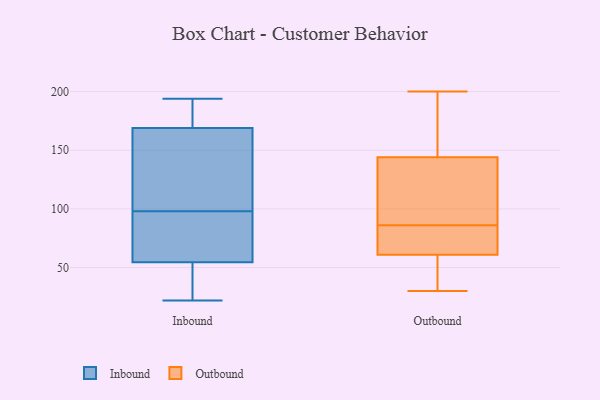
{"axis": {"x": "Operating Costs (USD K)", "y": "Value"}, "legend": ["Inbound", "Outbound"], "data": [{"x": "", "y": 156, "type": "Inbound"}, {"x": "", "y": 183, "type": "Inbound"}, {"x": "", "y": 98, "type": "Inbound"}, {"x": "", "y": 61, "type": "Inbound"}, {"x": "", "y": 92, "type": "Inbound"}, {"x": "", "y": 103, "type": "Inbound"}, {"x": "", "y": 192, "type": "Inbound"}, {"x": "", "y": 46, "type": "Inbound"}, {"x": "", "y": 52, "type": "Inbound"}, {"x": "", "y": 182, "type": "Inbound"}, {"x": "", "y": 98, "type": "Inbound"}, {"x": "", "y": 194, "type": "Inbound"}, {"x": "", "y": 30, "type": "Inbound"}, {"x": "", "y": 22, "type": "Inbound"}, {"x": "", "y": 57, "type": "Inbound"}, {"x": "", "y": 145, "type": "Inbound"}, {"x": "", "y": 86, "type": "Outbound"}, {"x": "", "y": 73, "type": "Outbound"}, {"x": "", "y": 73, "type": "Outbound"}, {"x": "", "y": 132, "type": "Outbound"}, {"x": "", "y": 57, "type": "Outbound"}, {"x": "", "y": 53, "type": "Outbound"}, {"x": "", "y": 151, "type": "Outbound"}, {"x": "", "y": 54, "type": "Outbound"}, {"x": "", "y": 200, "type": "Outbound"}, {"x": "", "y": 112, "type": "Outbound"}, {"x": "", "y": 30, "type": "Outbound"}, {"x": "", "y": 192, "type": "Outbound"}, {"x": "", "y": 148, "type": "Outbound"}, {"x": "", "y": 106, "type": "Outbound"}, {"x": "", "y": 75, "type": "Outbound"}]}